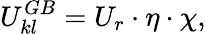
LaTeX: U_{kl}^{GB}=U_{r}\cdot\eta\cdot\chi,